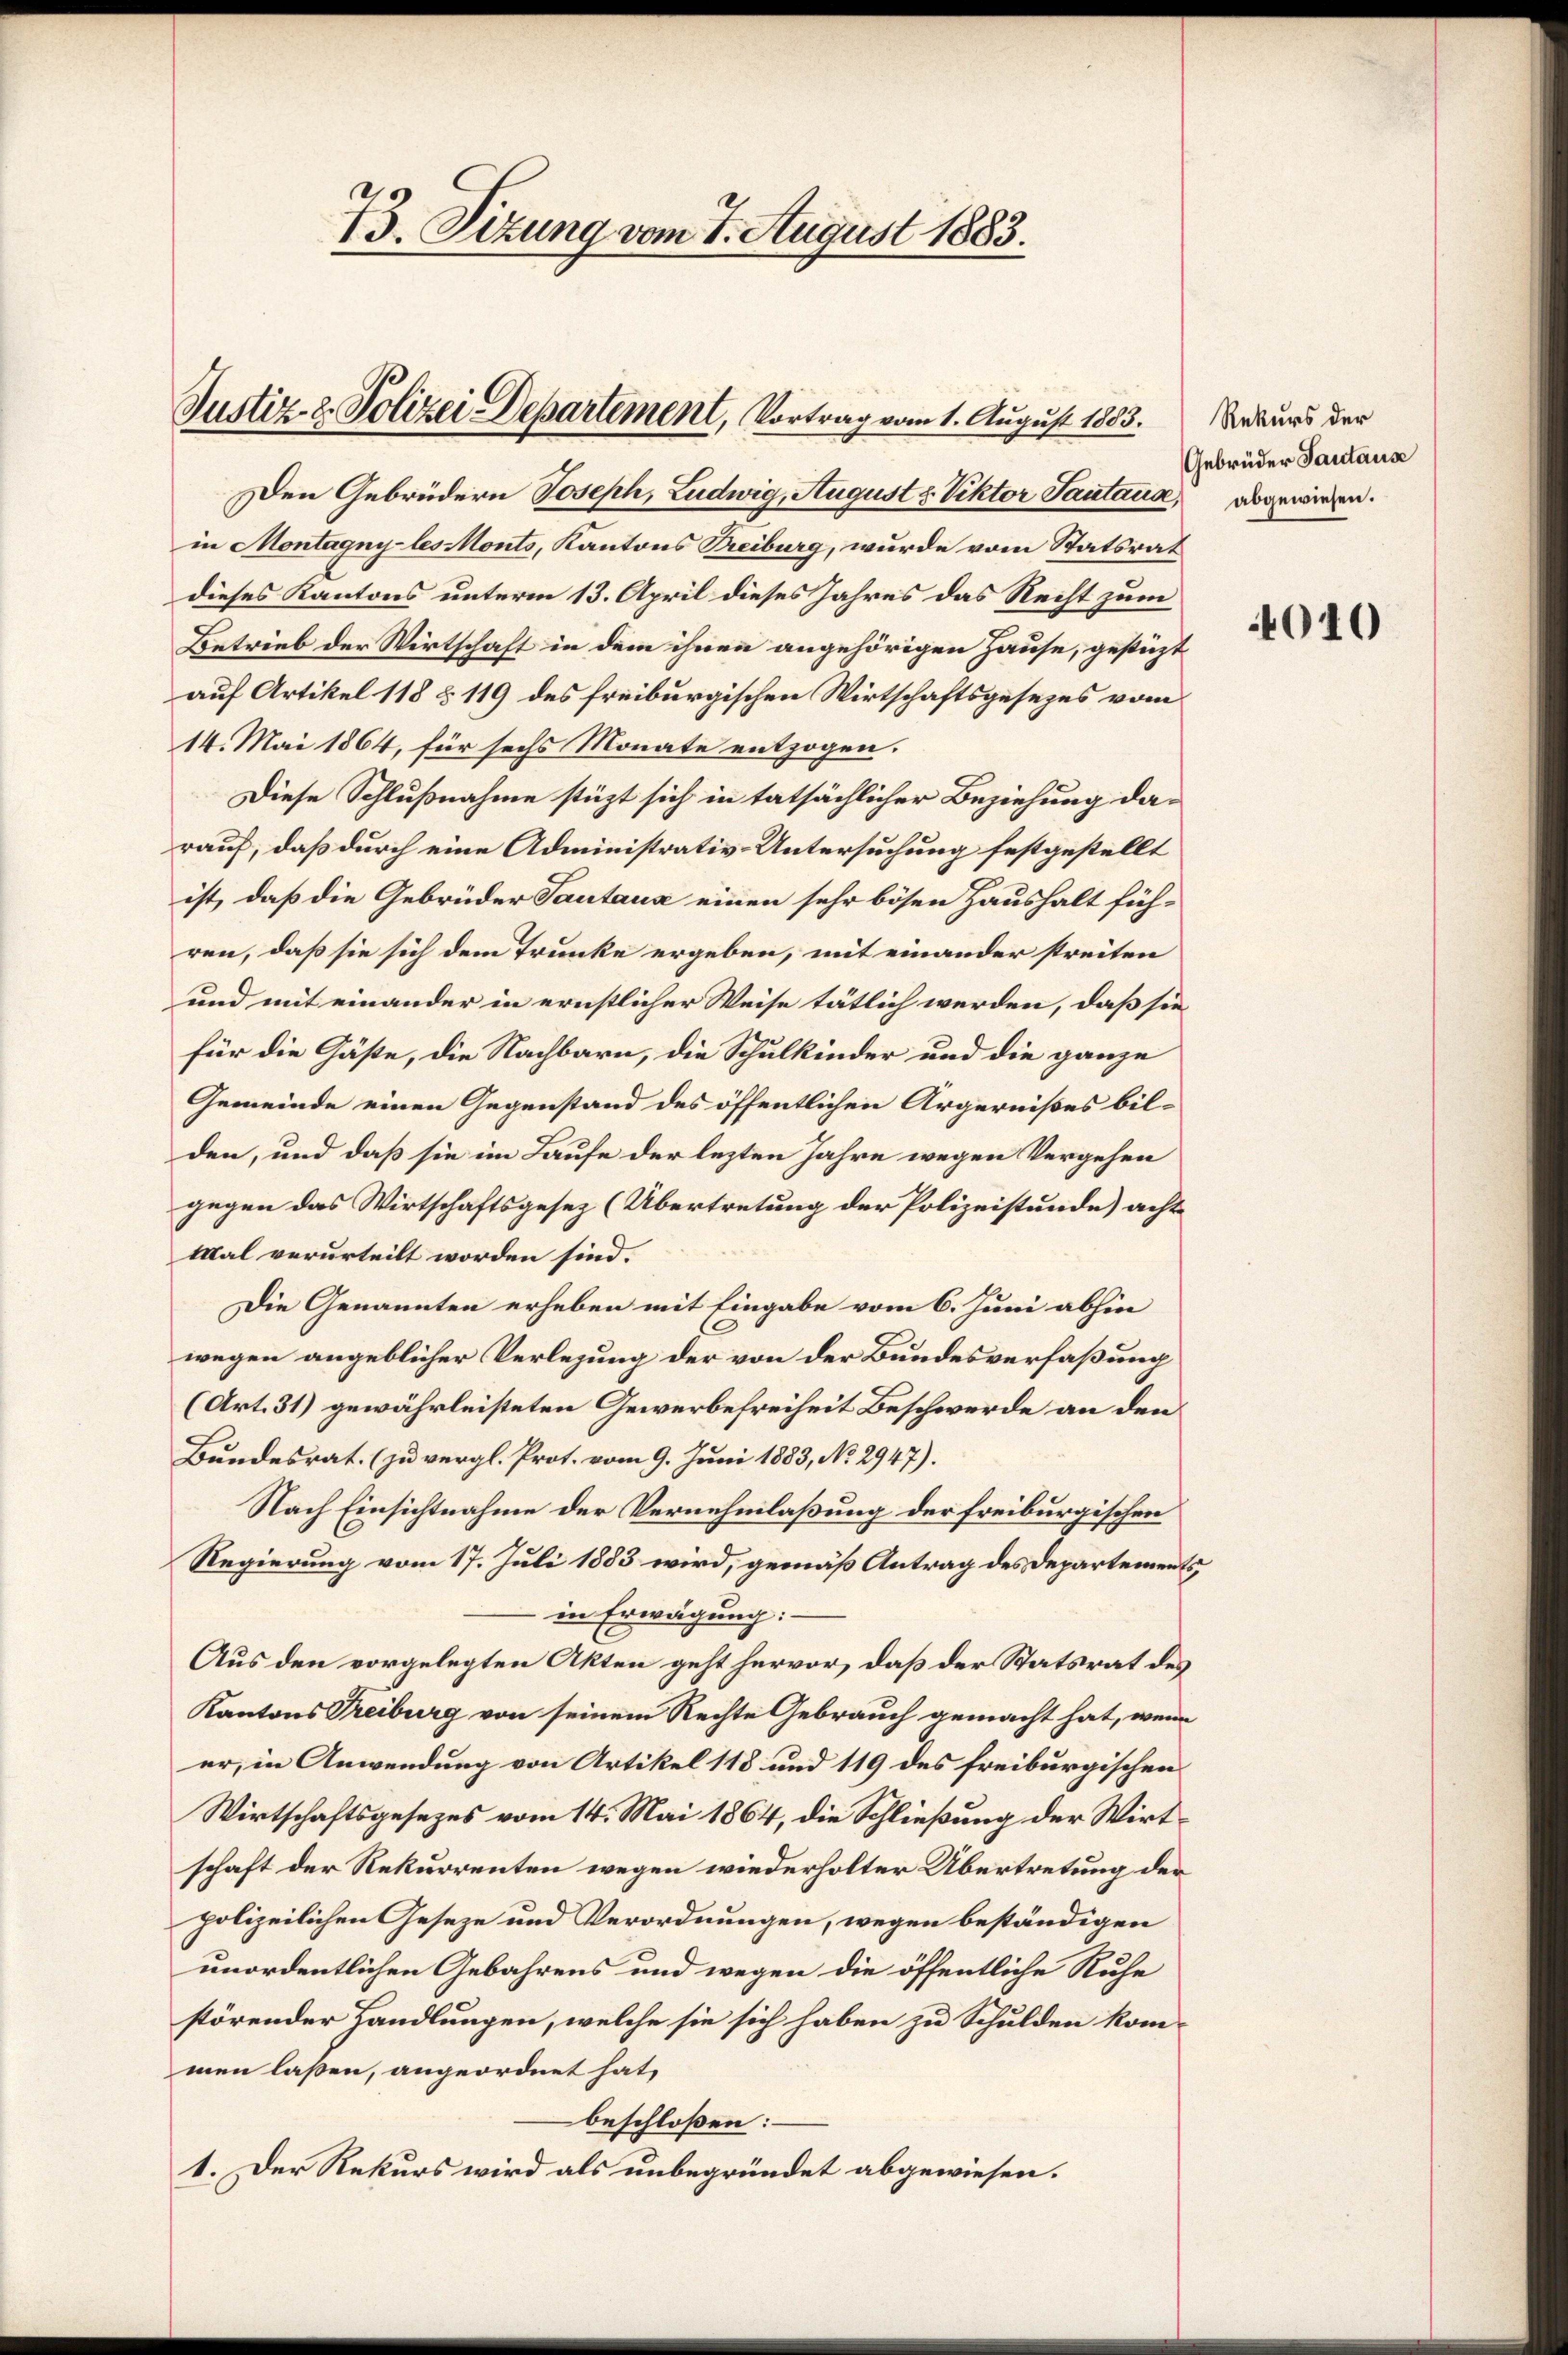
Justiz- & Polizei Departement, Vortrag vom 1. August 1883. Rekurs der

13. Sizung vom 7. August 1883.

Den Gebrüdern Joseph, Ludwig, August u. Viktor Santana, abgewiesen.
in Montagny les onts, Kantons Treiburg, wurde vom Statsrat
dieses Kantons unterm 13. April dieses Jahres das Recht zum
Betrieb der Wirtschaft in dem ihnen angehörigen Hause, gestüzt
auf Artikel 118 § 119 des freiburgischen Wirtschaftsgesezes vom
14. Mai 1864, für sechs Monate entzogen.
Diese Schlußnahme stützt sich in tatsächlicher Beziehung da-
rauf, daß durch eine Administrativ-Untersuchung festgestellt
ist, daß die Gebrüder Sautana einen sehr bösen Haushalt füh-
ren, daß sie sich dem Trunke ergeben, mit einander streiten
und mit einander in ernstlicher Weise tätlich werden, daß sie
für die Gäste, die Nachbarn, die Schulkinder und die ganze
Gemeinde einen Gegenstand des öffentlichen Ärgernißes bilden, und daß sie im Laufe der lezten Jahre wegen Vergehen
gegen das Wirtschaftsgesez (Übertretung der Polizeistunde) acht
Mal verurteilt worden sind.
Die Genannten erheben mit Eingabe vom 6. Juni abhin
C
wegen angeblicher Verlegung der von der Bundesverfaßung
(Art. 31) gewährleisteten Gewerbefreiheit Beschwerde an den
Bundesrat. (zu vergl. Prot. vom 9. Juni 1883, No 2947).
Nach Einsichtnahme der Vernehmlaßung der freiburgischen
Regierung vom 17. Juli 1883 wird, gemäß Antrag des Departements,
in Erwägung:
Aus den vorgelegten Akten geht hervor, daß der Statsrat des
Kantons Treiburg von seinem Rechte Gebrauch gemacht hat, wenn
er, in Anwendung von Artikel 148 und 119 des freiburgischen
Wirtschaftsgesezes vom 14. Mai 1864, die Schließung der Wirtschaft der Rekurrenten wegen wiederholter Übertretung der
polizeilichen Geseze und Verordnungen, wegen beständigen
unordentlichen Gebahrens und wegen die öffentliche Ruhe
störender Handlungen, welche sie sich haben zu Schulden kommen laßen, angeordnet hat,
beschloßen:
1. Der Rekurs wird als unbegründet abgewiesen.

Gebrüder Sautause

4010